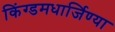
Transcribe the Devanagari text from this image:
किंग्डमधार्जिण्या